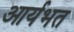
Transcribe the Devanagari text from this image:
आर्यभत